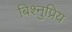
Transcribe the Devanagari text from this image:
बिश्नुप्रिय